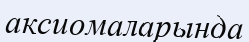
аксиомаларында